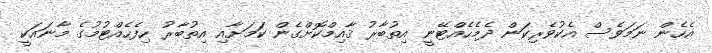
އެހެން ނަމަވެސް އެކުވެރިކަން ދެމެހެއްޓޭނީ އިތުބާރު ޤާއިމްކޮށްގެން ކަމަށާއި އިތުބާރު ހިފެހެއްޓުމުގެ މާނައަކީ